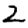
Digit: 2